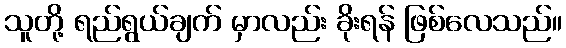
သူတို့ ရည်ရွယ်ချက် မှာလည်း ခိုးရန် ဖြစ်လေသည်။